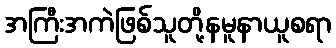
အကြီးအကဲဖြစ်သူတို့နမူနာယူစရာ